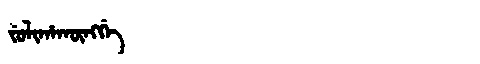
Manchu: ᠵᡠᠯᡳᡥᠠᡴᡡᠩᡤᡝ
Romanization: JULIHAKŪNGGE